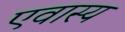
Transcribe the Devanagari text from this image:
एवास्य